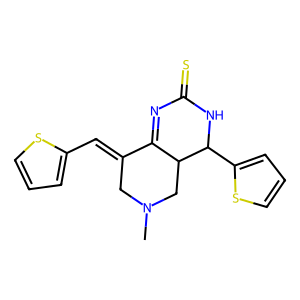
SMILES: CN1CC(=Cc2cccs2)C2=NC(=S)NC(c3cccs3)C2C1
Inhibits HIV replication: No